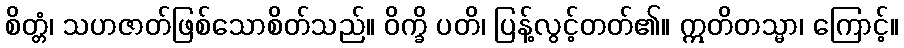
စိတ္တံ၊ သဟဇာတ်ဖြစ်သောစိတ်သည်။ ဝိက္ခိ ပတိ၊ ပြန့်လွင့်တတ်၏။ ဣတိတသ္မာ၊ ကြောင့်။